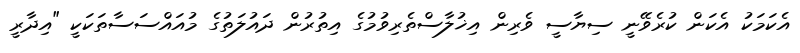
އެކަމަކު އެކަން ކުރެވޭނީ ސިޔާސީ ވެރިން އިޚުލާސްތެރިވުމުގެ އިތުރުން ދައުލަތުގެ މުއައްސަސާތަކަކީ "އިދާރީ